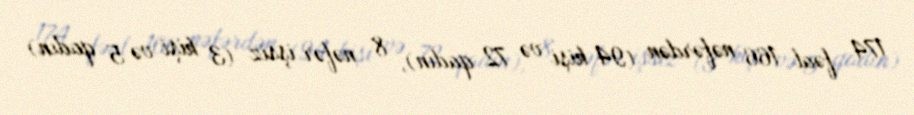
174 fəal 166 nəfərdən (94 kişi və 72 qadın), 8 nəfər işsiz (3 kişi və 5 qadın)